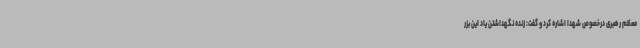
معظم رهبری درخصوص شهدا اشاره کرد و گفت: زنده نگهداشتن یاد این بزر